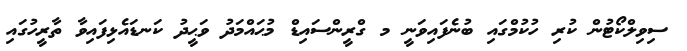
ސިވިލްކޯޓުން ކުރި ހުކުމްގައި ބުނެފައިވަނީ މ ގްރީންސައިޑް މުޙައްމަދު ވަޙީދު ކަނޑައެޅިފައިވާ ތާރީހުގައި